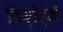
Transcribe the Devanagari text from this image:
निष्पीड़नों